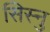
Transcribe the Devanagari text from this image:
सिस्नु